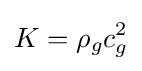
K=\rho _{g}c_{g}^{2}